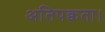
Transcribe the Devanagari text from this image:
अतिपक्वता।